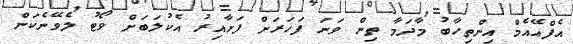
އެފްއޭއެމް އިންތިހާބު މާދަމާ ތިން ވަނަ ފަހަރަށް ފަށާއިރު އެކުލަބަށް ވޯޓު ލެވޭނެކަން